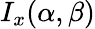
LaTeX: I_{x}(\alpha,\beta)